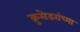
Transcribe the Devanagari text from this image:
क्रुसेडरांच्या